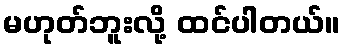
မဟုတ်ဘူးလို့ ထင်ပါတယ်။